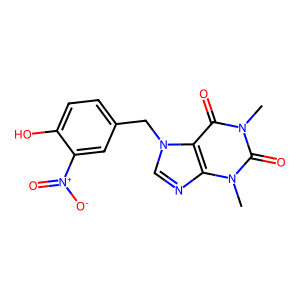
SMILES: Cn1c(=O)c2c(ncn2Cc2ccc(O)c([N+](=O)[O-])c2)n(C)c1=O
Inhibits HIV replication: No